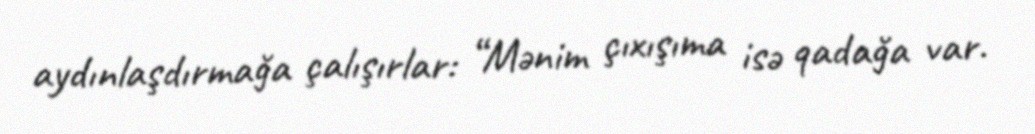
aydınlaşdırmağa çalışırlar: “Mənim çıxışıma isə qadağa var.